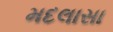
મદલાસા